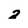
Character: 2